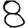
Digit: 8